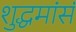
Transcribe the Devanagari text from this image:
शुद्धमांसं